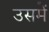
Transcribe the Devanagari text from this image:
उसमेें